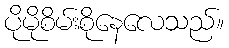
ပိုမိုစိမ်းစိုနေလေသည်။